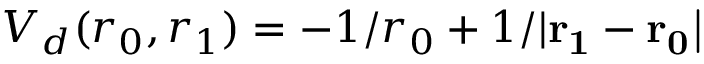
V _ { d } ( r _ { 0 } , r _ { 1 } ) = - 1 / r _ { 0 } + 1 / { | \bf { r } _ { 1 } - \bf { r } _ { 0 } | }